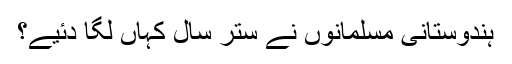
ہندوستانی مسلمانوں نے ستر سال کہاں لگا دئیے؟